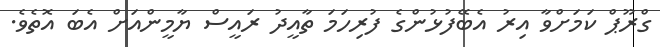
ގްރޫޕް ކަމަށްވާ އިރު އެބޭފުޅުންގެ ފުރިހަމަ ތާއީދު ރައީސް ޔާމީންއަށް އެބަ އޮތެވެ.